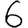
Digit: 6